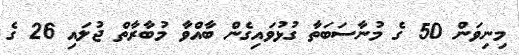
މިނިވަން 50 ގެ މުނާސަބަތާ ގުޅުވައިގެން ބާއްވާ މުބާރާތް ޖުލައި 26 ގެ